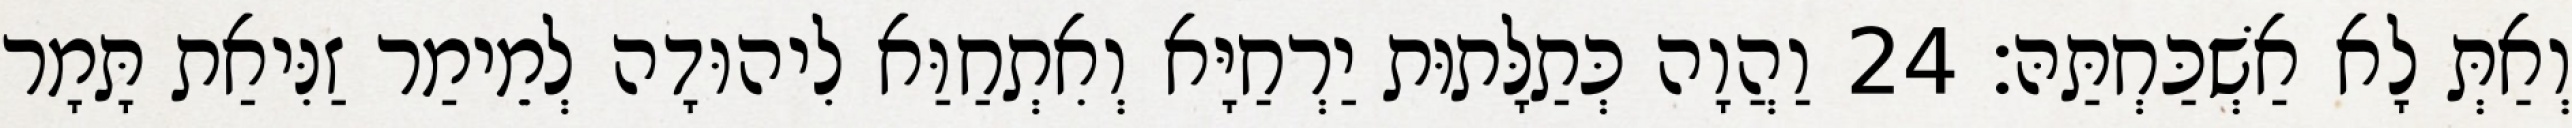
וְאַתְּ לָא אַשְׁכַּחְתַּהּ׃ 24 וַהֲוָה כְּתַלָּתוּת יַרְחַיָּא וְאִתְחַוַּא לִיהוּדָה לְמֵימַר זַנִּיאַת תָּמָר